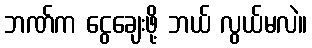
ဘဏ်က ငွေချေးဖို့ ဘယ် လွယ်မလဲ။